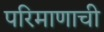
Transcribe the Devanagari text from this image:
परिमाणाची